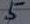
Text: 5